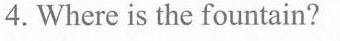
4.Where is the fountain?